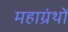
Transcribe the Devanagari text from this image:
महाग्रंथों